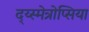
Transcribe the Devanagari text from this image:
द्य्स्मेत्रोप्सिया